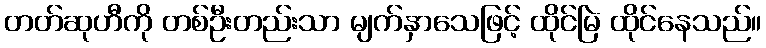
တတ်ဆုဟီကို တစ်ဦးတည်းသာ မျက်နှာသေဖြင့် ထိုင်မြဲ ထိုင်နေသည်။